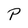
Character: P